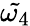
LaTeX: \tilde{\omega_{4}}